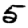
Digit: 5